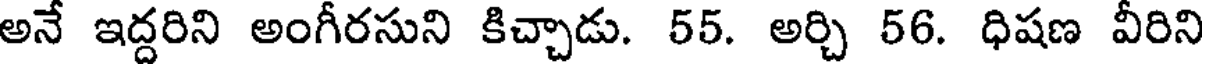
అనే ఇద్దరిని అంగీరసుని కిచ్చాడు. 55. అర్చి 56. ధిషణ వీరిని